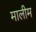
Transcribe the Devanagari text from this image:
मालीम